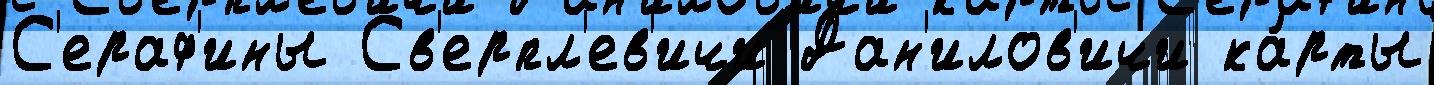
С'ераф'ины Св'ерпл'ев'ичи Дан'илов'ичи ка́рты